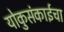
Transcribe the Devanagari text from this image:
योकुसंकाईचा